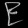
Digit: ၉